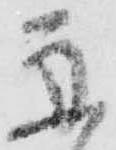
舟